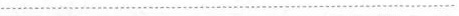
................................................................................